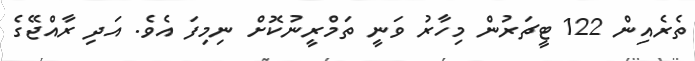
ތެރެއިން 122 ޓީޗަރުން މިހާރު ވަނީ ތަމްރީނުކޮށް ނިމިފަ އެވެ. އަދި ރާއްޖޭގެ